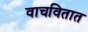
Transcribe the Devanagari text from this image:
वाचवितात